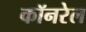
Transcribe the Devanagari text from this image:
कॉनरेल